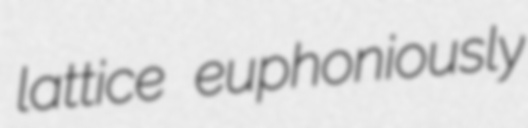
lattice euphoniously